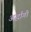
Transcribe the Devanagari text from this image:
अर्द्धांगी